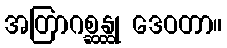
အတြာဂစ္ဆန္ထု ဒေဝတာ။